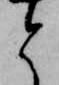
と